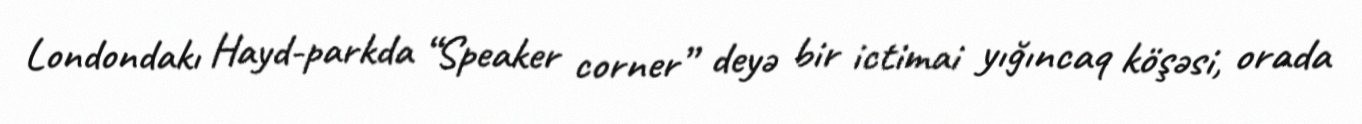
Londondakı Hayd-parkda “Speaker corner” deyə bir ictimai yığıncaq köşəsi, orada